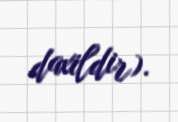
daxildir).